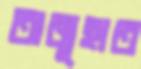
অজুহাত